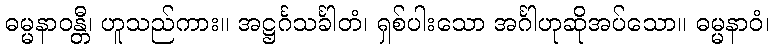
ဓမ္မနာဝန္တီ၊ ဟူသည်ကား။ အဋ္ဌင်္ဂသင်္ခါတံ၊ ရှစ်ပါးသော အင်္ဂါဟုဆိုအပ်သော။ ဓမ္မနာဝံ၊